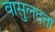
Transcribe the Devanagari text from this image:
वासुलदत्ता